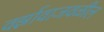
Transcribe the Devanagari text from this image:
वर्झावाजवळील